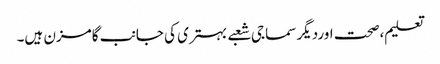
تعلیم،صحت اوردیگر سماجی شعبے بہتری کی جانب گامزن ہیں۔